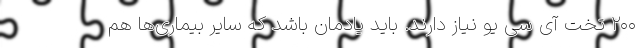
۲۰۰ تخت آی سی یو نیاز دارند. باید یادمان باشد که سایر بیماری‌ها هم